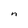
Character: n